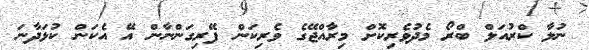
ނުލާ ކްރުއަލް ބްރޯ މެދުވެރިކޮށް މިރާއްޖޭގެ ވެރިކަން ފޭރިގަންނާން އޭ އެކަން ކުޅަދާނަ